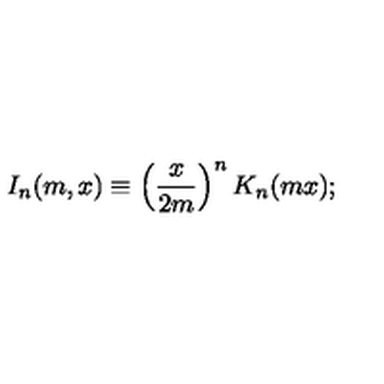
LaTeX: I _ { n } ( m , x ) \equiv \left( \frac { x } { 2 m } \right) ^ { n } K _ { n } ( m x ) ;